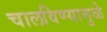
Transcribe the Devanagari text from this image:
चालविण्यामुळे